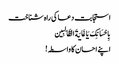
استجابت دعا کی راہ شناخت
بِاِحْسَانِکَ یَا غَایَةَ الطَّالِبِین
اپنے احسان کا واسطہ!